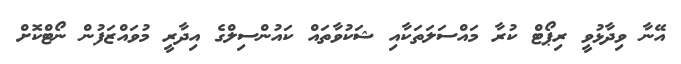
އޭނާ ވިދާޅުވީ ރިޕޯޓް ކުރާ މައްސަލަތަކާއި ޝަކުވާތައް ކައުންސިލްގެ އިދާރީ މުވައްޒަފުން ނޯޓްކޮށް